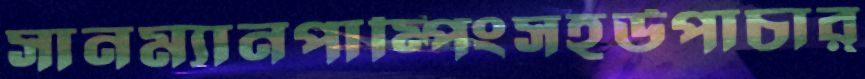
সানম্যানপাম্পিংসহউপাচার্